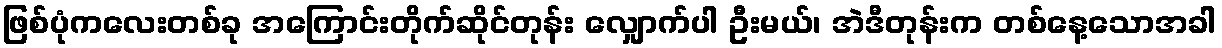
ဖြစ်ပုံကလေးတစ်ခု အကြောင်းတိုက်ဆိုင်တုန်း လျှောက်ပါ ဦးမယ်၊ အဲဒီတုန်းက တစ်နေ့သောအခါ